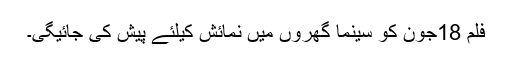
فلم 18جون کو سینما گھروں میں نمائش کیلئے پیش کی جائیگی۔